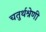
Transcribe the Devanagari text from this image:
चतुर्थश्रेणी